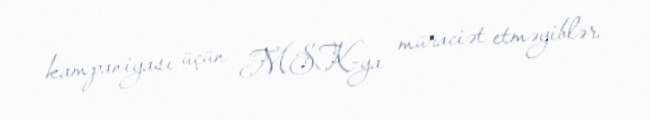
kampaniyası üçün MSK-ya müraciət etməyiblər.